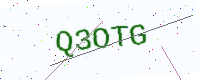
Text: Q3OTG